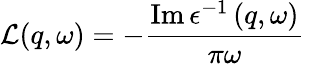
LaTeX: \mathcal{L}(q,\omega)=-\frac{\operatorname{Im}\epsilon^{-1}\left(q,\omega\right)}{\pi\omega}\,